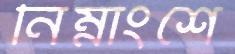
নিম্নাংশে